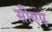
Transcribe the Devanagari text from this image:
सीएए